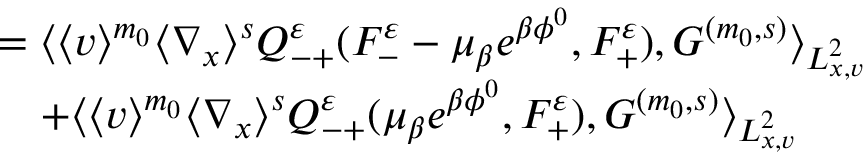
\begin{array} { r l } & { = \langle \langle v \rangle ^ { m _ { 0 } } \langle \nabla _ { x } \rangle ^ { s } Q _ { - + } ^ { \varepsilon } ( F _ { - } ^ { \varepsilon } - \mu _ { \beta } e ^ { \beta \phi ^ { 0 } } , F _ { + } ^ { \varepsilon } ) , G ^ { ( m _ { 0 } , s ) } \rangle _ { L _ { x , v } ^ { 2 } } } \\ & { \quad + \langle \langle v \rangle ^ { m _ { 0 } } \langle \nabla _ { x } \rangle ^ { s } Q _ { - + } ^ { \varepsilon } ( \mu _ { \beta } e ^ { \beta \phi ^ { 0 } } , F _ { + } ^ { \varepsilon } ) , G ^ { ( m _ { 0 } , s ) } \rangle _ { L _ { x , v } ^ { 2 } } } \end{array}